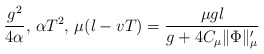
\begin{align*} \frac{g^2}{4\alpha},\, \alpha T^2,\, \mu(l-vT) = \frac{\mu gl}{g+4C_\mu \lVert \Phi \rVert_\mu'}\end{align*}